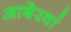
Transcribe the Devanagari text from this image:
आबेरवां